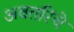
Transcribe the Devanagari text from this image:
अवतरिंचे